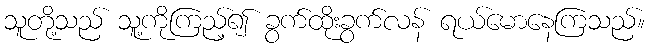
သူတို့သည် သူ့ကိုကြည့်၍ ခွက်ထိုးခွက်လန် ရယ်မောနေကြသည်။